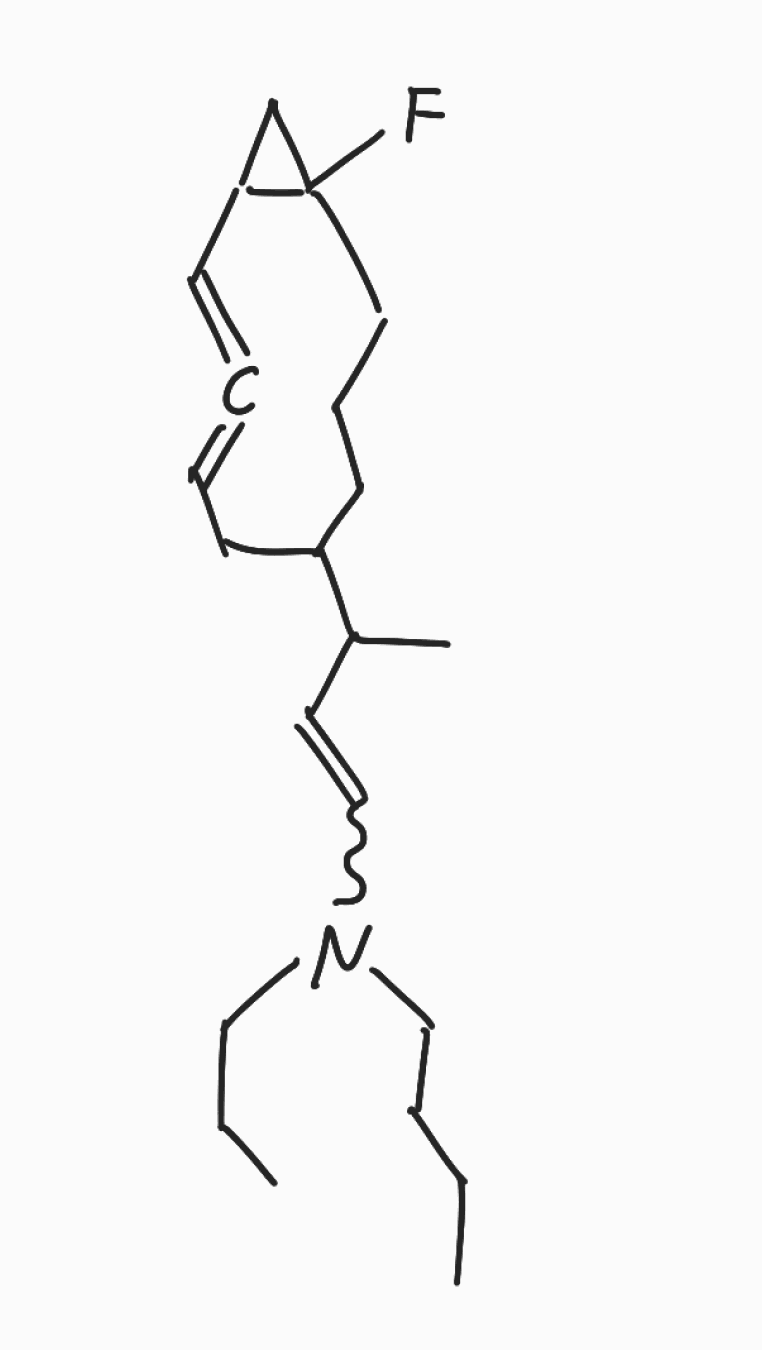
Simplified molecular-input line-entry system (SMILES) notation of the given molecule:
CCCCN(CCC)C=CC(C)C1CCCC2(CC2C=C=CC1)F